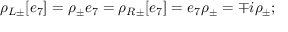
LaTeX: \rho _ { L \pm } [ e _ { 7 } ] = \rho _ { \pm } e _ { 7 } = \rho _ { R \pm } [ e _ { 7 } ] = e _ { 7 } \rho _ { \pm } = \mp i \rho _ { \pm } ;